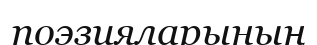
поэзияларының